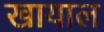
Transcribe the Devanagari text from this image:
खायाल